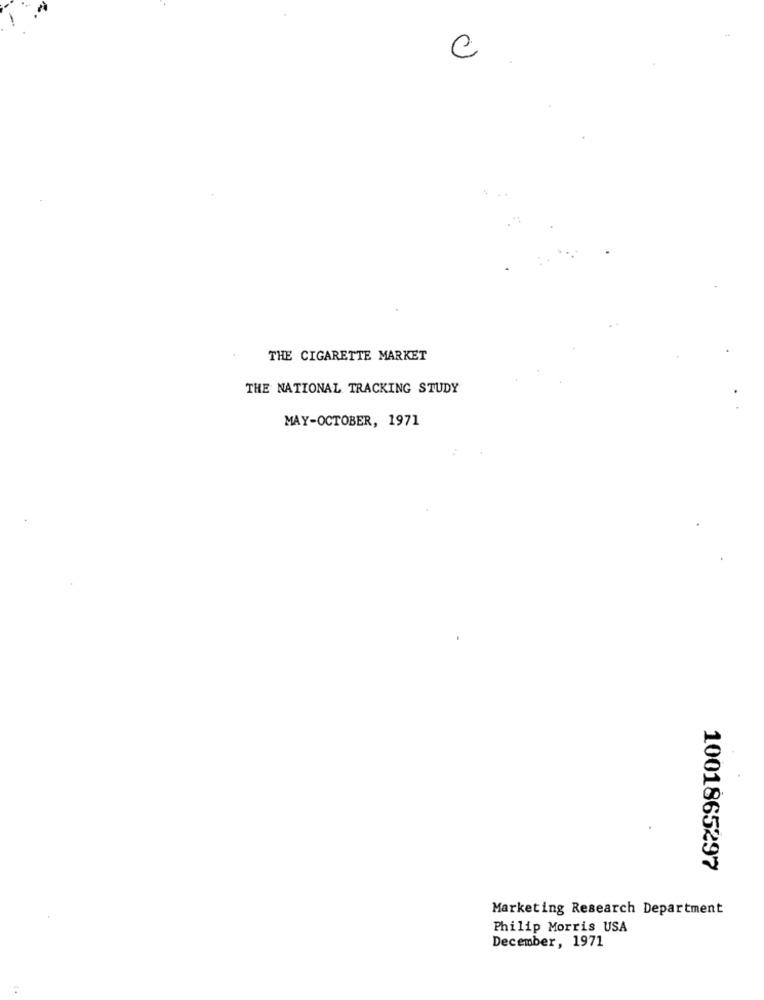
C
THE CIGARETTE MARKET
THE NATIONAL TRACKING STUDY
MAY-OCTOBER, 1971
1001865297
Marketing Research Department
Philip Morris USA
December, 1971